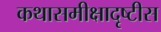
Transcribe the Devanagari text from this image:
कथासमीक्षादृष्टीस